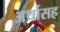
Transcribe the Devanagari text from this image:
अर्थासह